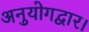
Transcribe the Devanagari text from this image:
अनुयोगद्वार।